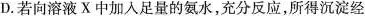
D.若向溶液X中加入足量的氨水，充分反应，所得沉淀经